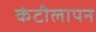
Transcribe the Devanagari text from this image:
कंटीलापन